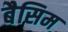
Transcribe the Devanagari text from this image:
बैसिम